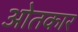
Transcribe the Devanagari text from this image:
ओतकार